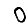
Digit: 0